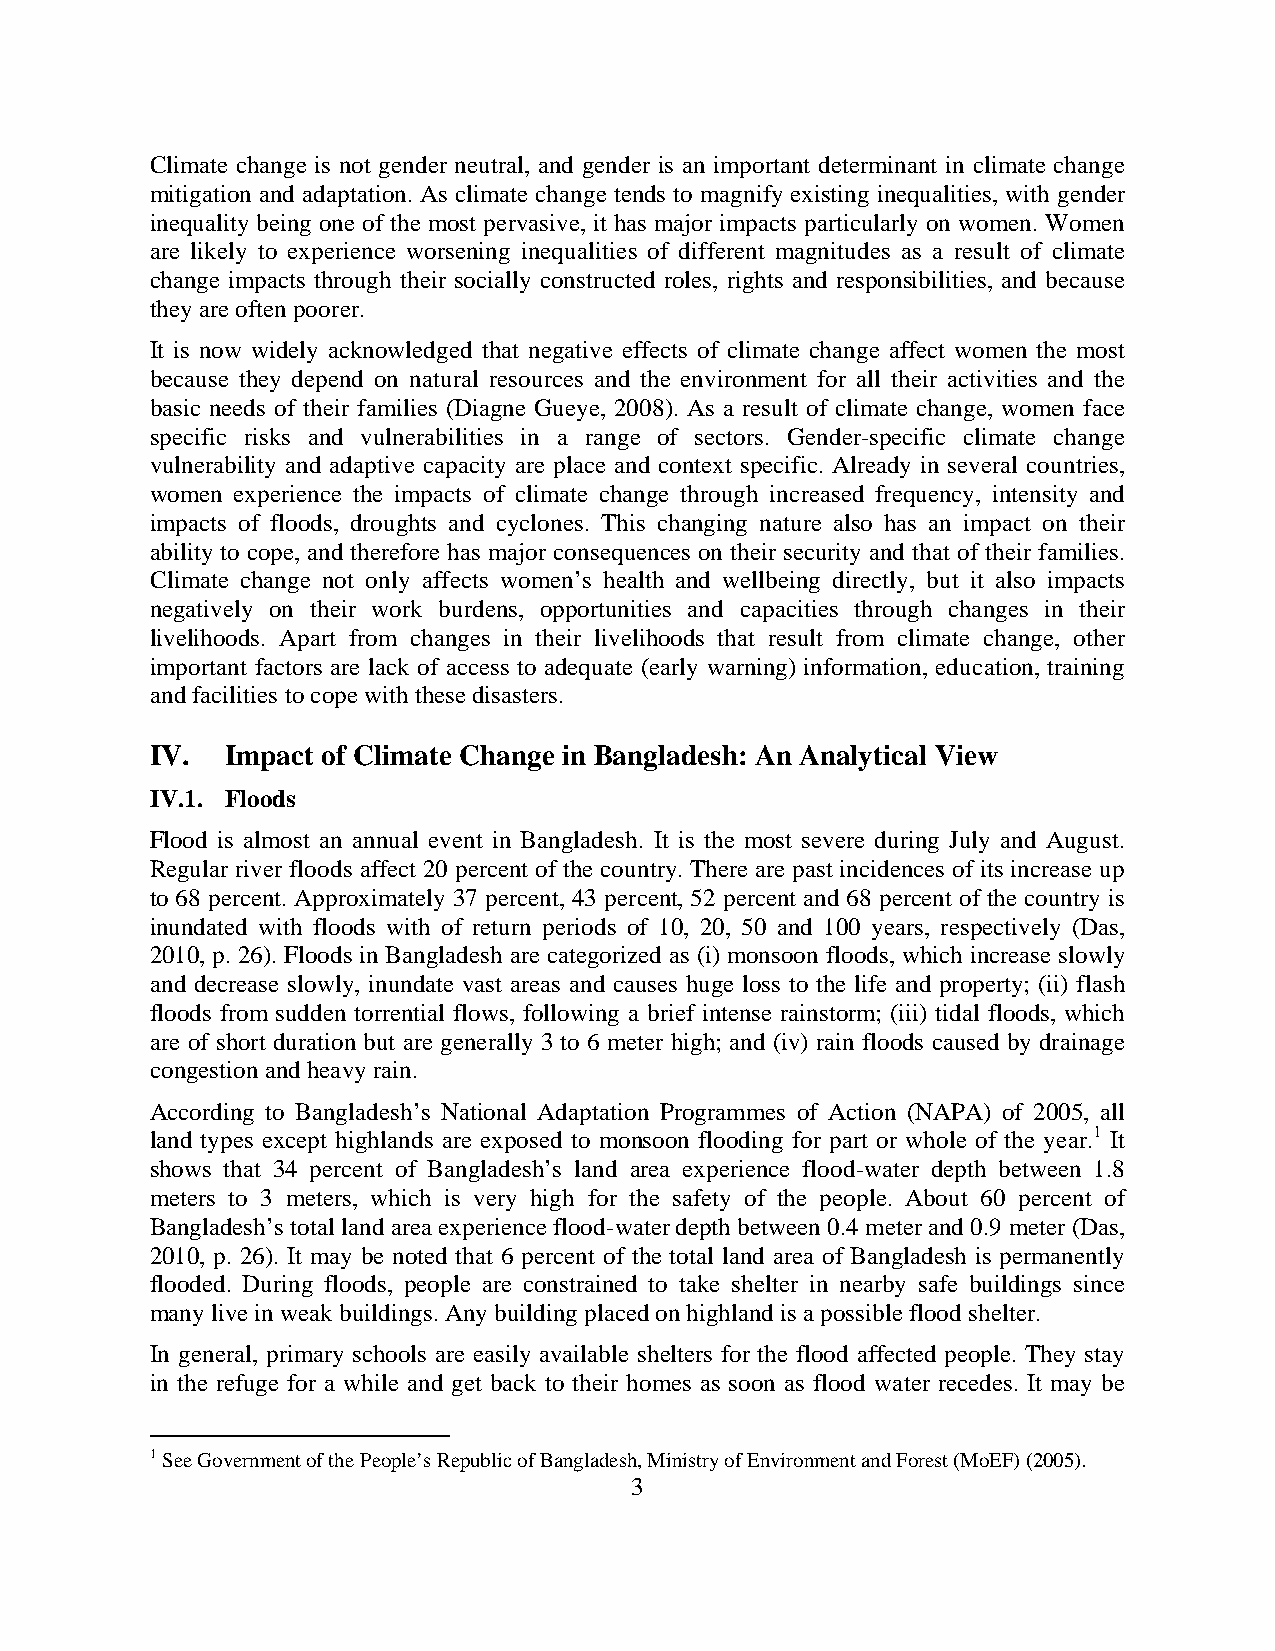
Climate change is not gender neutral, and gender is an important determinant in climate change
 mitigation and adaptation. As climate change tends to magnify existing inequalities, with gender
 inequality being one of the most pervasive, it has major impacts particularly on women. Women
 are likely to experience worsening inequalities of different magnitudes as a result of climate
 change impacts through their socially constructed roles, rights and responsibilities, and because
 they are often poorer.
 It is now widely acknowledged that negative effects of climate change affect women the most
 because they depend on natural resources and the environment for all their activities and the
 basic needs of their families (Diagne Gueye, 2008). As a result of climate change, women face
 specific risks and vulnerabilities in a range of sectors. Gender-specific climate change
 vulnerability and adaptive capacity are place and context specific. Already in several countries,
 women experience the impacts of climate change through increased frequency, intensity and
 impacts of floods, droughts and cyclones. This changing nature also has an impact on their
 ability to cope, and therefore has major consequences on their security and that of their families.
 Climate change not only affects women’s health and wellbeing directly, but it also impacts
 negatively on their work burdens, opportunities and capacities through changes in their
 livelihoods. Apart from changes in their livelihoods that result from climate change, other
 important factors are lack of access to adequate (early warning) information, education, training
 and facilities to cope with these disasters.
 IV.  Impact of Climate Change in Bangladesh: An Analytical View
 IV.1. Floods
 Flood is almost an annual event in Bangladesh. It is the most severe during July and August.
 Regular river floods affect 20 percent of the country. There are past incidences of its increase up
 to 68 percent. Approximately 37 percent, 43 percent, 52 percent and 68 percent of the country is
 inundated with floods with of return periods of 10, 20, 50 and 100 years, respectively (Das,
 2010, p. 26). Floods in Bangladesh are categorized as (i) monsoon floods, which increase slowly
 and decrease slowly, inundate vast areas and causes huge loss to the life and property; (ii) flash
 floods from sudden torrential flows, following a brief intense rainstorm; (iii) tidal floods, which
 are of short duration but are generally 3 to 6 meter high; and (iv) rain floods caused by drainage
 congestion and heavy rain.
 According to Bangladesh’s National Adaptation Programmes of Action (NAPA) of 2005, all
 land types except highlands are exposed to monsoon flooding for part or whole of the year.1 It
 shows that 34 percent of Bangladesh’s land area experience flood-water depth between 1.8
 meters to 3 meters, which is very high for the safety of the people. About 60 percent of
 Bangladesh’s total land area experience flood-water depth between 0.4 meter and 0.9 meter (Das,
 2010, p. 26). It may be noted that 6 percent of the total land area of Bangladesh is permanently
 flooded. During floods, people are constrained to take shelter in nearby safe buildings since
 many live in weak buildings. Any building placed on highland is a possible flood shelter.
 In general, primary schools are easily available shelters for the flood affected people. They stay
 in the refuge for a while and get back to their homes as soon as flood water recedes. It may be
 1 See Government of the People’s Republic of Bangladesh, Ministry of Environment and Forest (MoEF) (2005).
 3